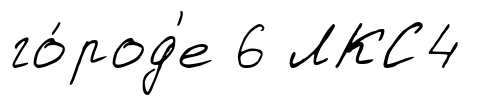
го́род'е 6 ЛКС4